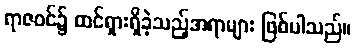
ရာဇဝင်၌ ထင်ရှားရှိခဲ့သည့်အရာများ ဖြစ်ပါသည်။